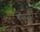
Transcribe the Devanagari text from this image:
बोधही